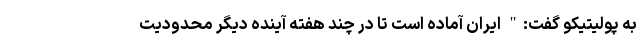
به پولیتیکو گفت:" ایران آماده است تا در چند هفته آینده دیگر محدودیت